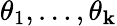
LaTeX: \theta_{1},\ldots,\theta_{\mathbf{k}}